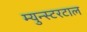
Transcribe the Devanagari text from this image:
म्युन्स्टरटाल